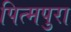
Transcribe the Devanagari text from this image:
पित्मपुरा